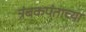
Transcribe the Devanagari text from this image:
त्रंबकपंताच्या